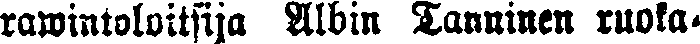
rawintoloitsija Albin Tanninen ruoka-